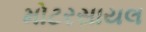
મોટરસાયલ